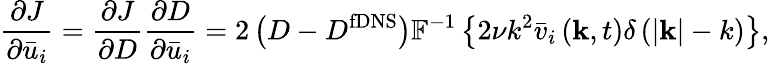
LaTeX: \frac{{\partial J}}{{\partial{{\bar{u}}_{i}}}}=\frac{{\partial J}}{{\partial{D}}}\frac{{\partial{D}}}{{\partial{{\bar{u}}_{i}}}}=2\left({{D}-D^{\mathrm{{fDNS}}}}\right){\mathbb{F}^{-1}}\left\{ 2\nu{{k^{2}}{{\bar{v}}_{i}}\left({{\mathbf{k}},t}\right)\delta\left({\left|{\mathbf{k}}\right|-k}\right)}\right\} ,